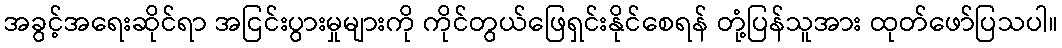
အခွင့်အရေးဆိုင်ရာ အငြင်းပွားမှုများကို ကိုင်တွယ်ဖြေရှင်းနိုင်စေရန် တုံ့ပြန်သူအား ထုတ်ဖော်ပြသပါ။